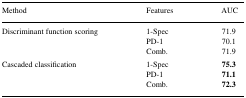
<table><thead><tr><td><b>Method</b></td><td><b>Features</b></td><td><b>AUC</b></td></tr></thead><tbody><tr><td>Discriminant function scoring</td><td>1-Spec</td><td>71.9</td></tr><tr><td></td><td>PD-1</td><td>70.1</td></tr><tr><td></td><td>Comb.</td><td>71.9</td></tr><tr><td>Cascaded classification</td><td>1-Spec</td><td><b>75.3</b></td></tr><tr><td></td><td>PD-1</td><td><b>71.1</b></td></tr><tr><td></td><td>Comb.</td><td><b>72.3</b></td></tr></tbody></table>